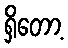
ရှိတော့